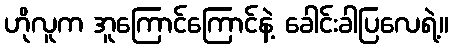
ဟိုလူက အူကြောင်ကြောင်နဲ့ ခေါင်းခါပြလေရဲ့။